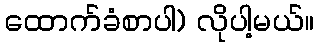
ထောက်ခံစာပါ) လိုပါ့မယ်။